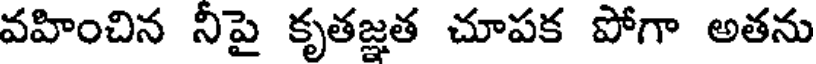
వహించిన నీపై కృతజ్ఞత చూపక పోగా అతను